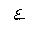
Letter: _ayn